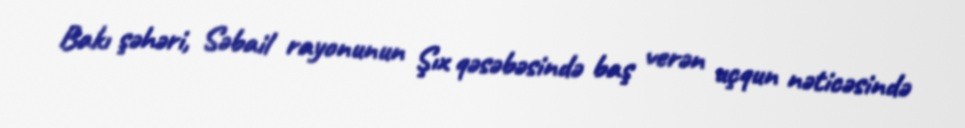
Bakı şəhəri, Səbail rayonunun Şıx qəsəbəsində baş verən uçqun nəticəsində